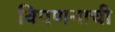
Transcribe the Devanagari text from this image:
विपणनाची